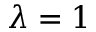
\lambda = 1